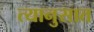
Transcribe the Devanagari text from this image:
त्यानुसात